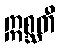
ဣစ္ဆတီ